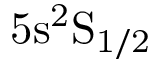
\mathrm { 5 s ^ { 2 } S _ { 1 / 2 } }